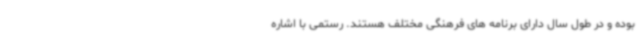
بوده و در طول سال دارای برنامه های فرهنگی مختلف هستند. رستمی با اشاره